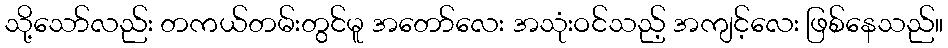
သို့သော်လည်း တကယ်တမ်းတွင်မူ အတော်လေး အသုံးဝင်သည့် အကျင့်လေး ဖြစ်နေသည်။